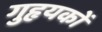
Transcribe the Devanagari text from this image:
गुहृयकों